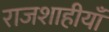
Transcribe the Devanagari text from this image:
राजशाहीयाँ